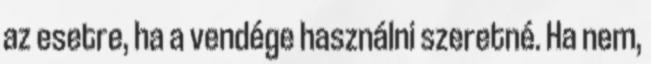
az esetre, ha a vendége használni szeretné. Ha nem,